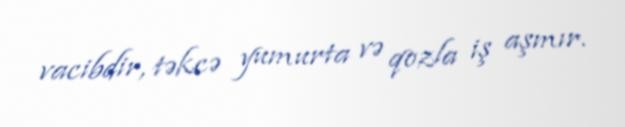
vacibdir, təkcə yumurta və qozla iş aşmır.